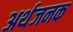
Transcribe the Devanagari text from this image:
अर्थजनक